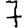
Digit: 7